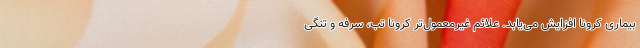
بیماری کرونا افزایش می‌یابد. علائم غیرمعمول‌ترِ کرونا تب، سرفه و تنگی